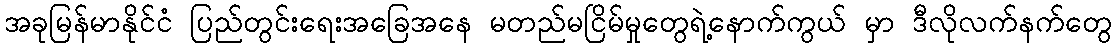
အခုမြန်မာနိုင်ငံ ပြည်တွင်းရေးအခြေအနေ မတည်မငြိမ်မှုတွေရဲ့နောက်ကွယ် မှာ ဒီလိုလက်နက်တွေ